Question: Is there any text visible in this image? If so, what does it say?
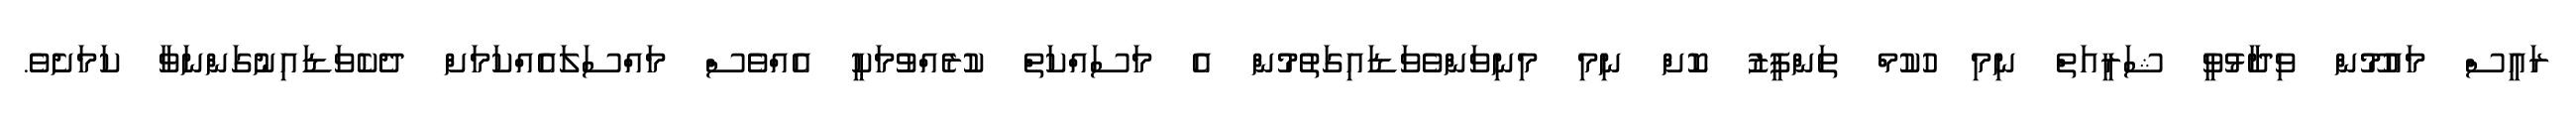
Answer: ރައީސް މައުމޫން ވިދާޅުވީ ޝަރީއަތް ނިމި ހުކުމް ތަންފީޒު ކޮށް ނިމި މިނިވަންވެވަޑައިގަތުމުން އެ މަސައްކަތް ކުރެއްވުމަކީ އެއްވެސް މައްސަލައެއްކަމަށް ދެކެވަޑައިނުގަންނަވާ ކަމަށެވެ.